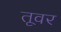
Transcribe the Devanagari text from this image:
तूवर